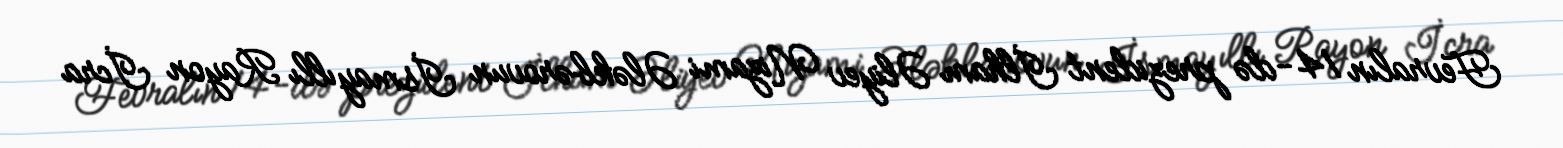
Fevralın 14-də prezident İlham Əliyev Nizami Ələkbərovun İsmayıllı Rayon İcra